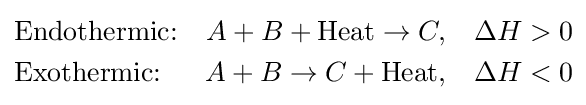
{\begin{aligned}&{\text{Endothermic:}}&A+B+{\text{Heat}}\to C,\quad &\Delta H>0\\&{\text{Exothermic:}}&A+B\to C+{\text{Heat}},\quad &\Delta H<0\end{aligned}}